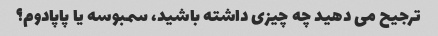
ترجیح می دهید چه چیزی داشته باشید، سمبوسه یا پاپادوم؟